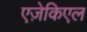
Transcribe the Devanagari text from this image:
एज़ेकिएल